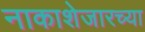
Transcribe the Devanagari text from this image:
नाकाशेजारच्या